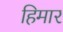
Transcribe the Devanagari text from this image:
हिमार